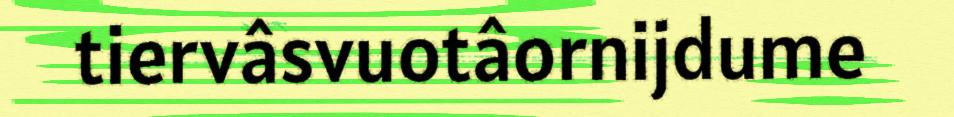
tiervâsvuotâornijdume